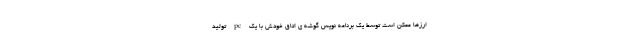
ارزها ممکن است توسط یک برنامه نویس گوشه ی اتاق خودش با یک pc تولید